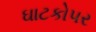
ઘાટકોપર